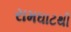
રામઘાટથી